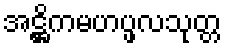
အဋ္ဌိကမဟပ္ဖလသုတ္တ